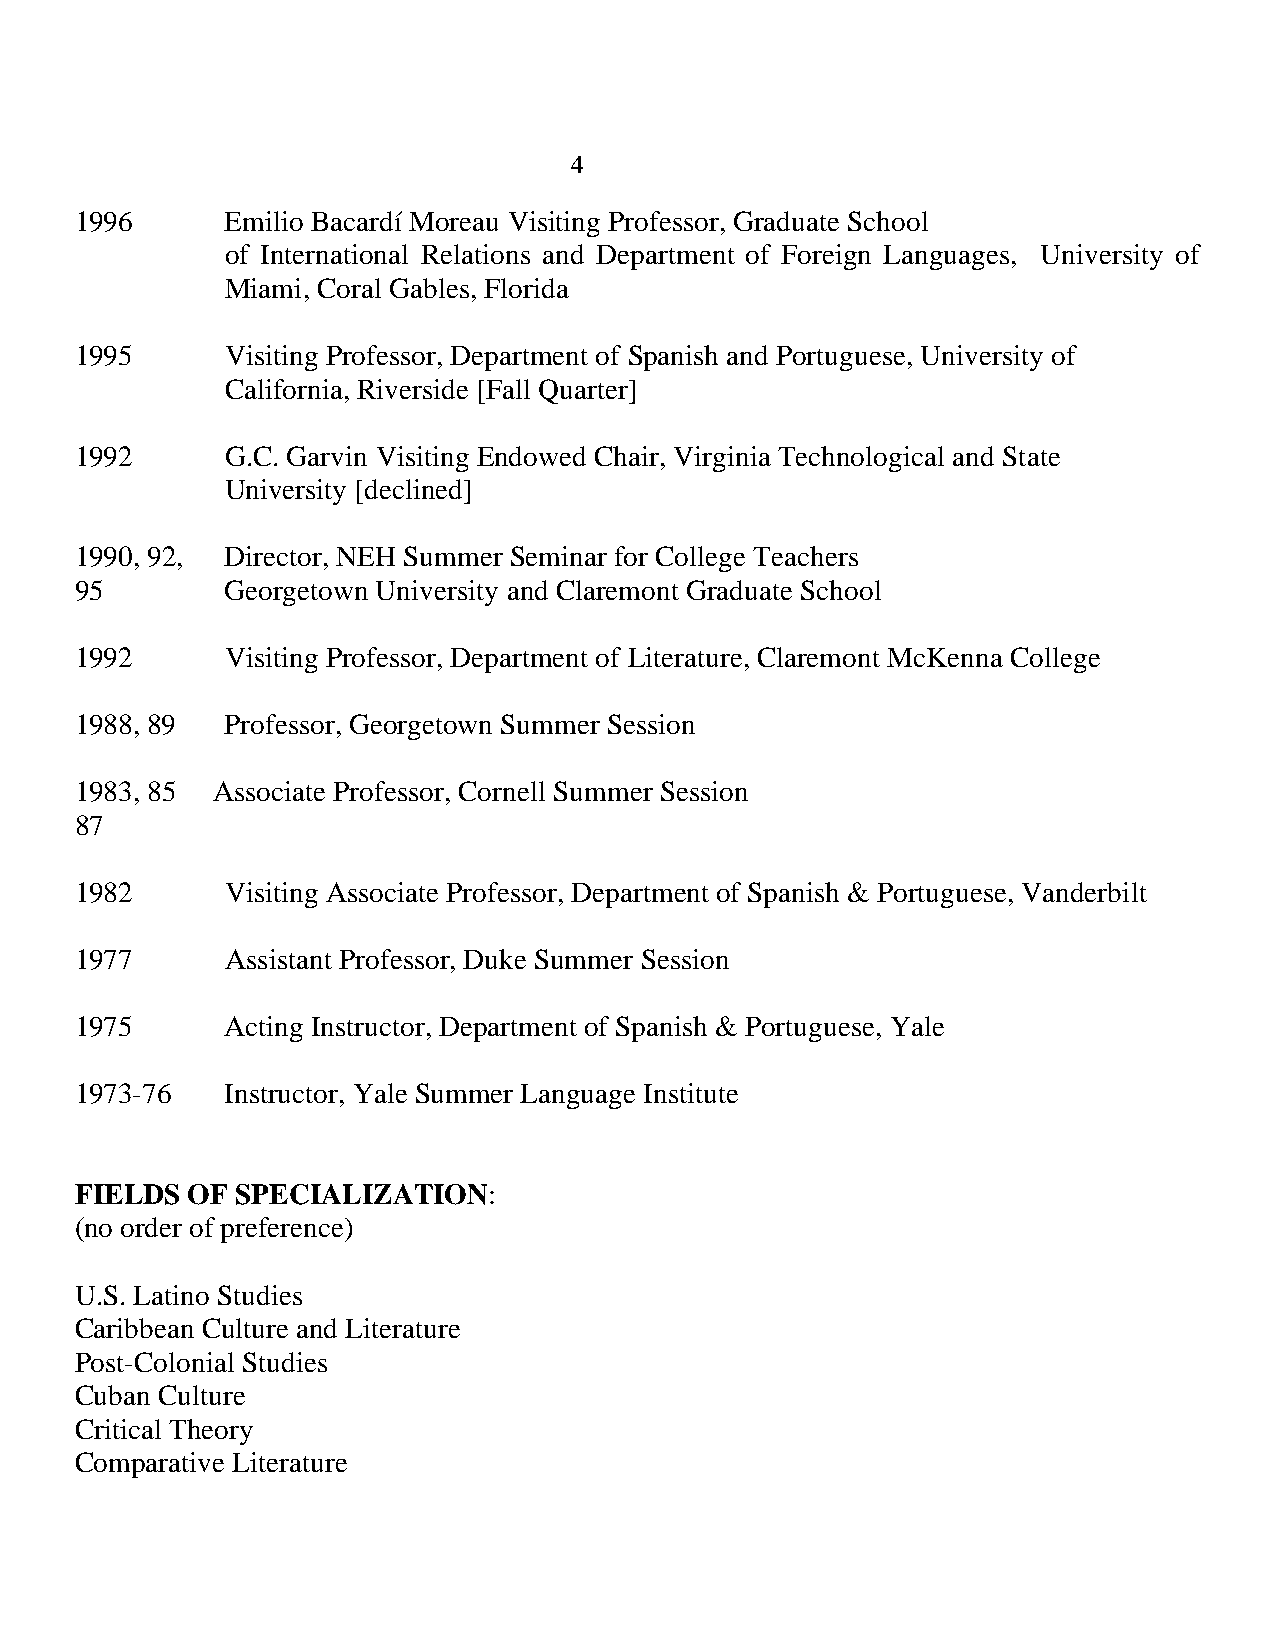
4
 1996      Emilio Bacardí Moreau Visiting Professor, Graduate School
 of International Relations and Department of Foreign Languages, University of
 Miami, Coral Gables, Florida
 1995      Visiting Professor, Department of Spanish and Portuguese, University of
 California, Riverside [Fall Quarter]
 1992      G.C. Garvin Visiting Endowed Chair, Virginia Technological and State
 University [declined]
 1990, 92, Director, NEH Summer Seminar for College Teachers
 95        Georgetown University and Claremont Graduate School
 1992      Visiting Professor, Department of Literature, Claremont McKenna College
 1988, 89  Professor, Georgetown Summer Session
 1983, 85 Associate Professor, Cornell Summer Session
 87
 1982      Visiting Associate Professor, Department of Spanish & Portuguese, Vanderbilt
 1977      Assistant Professor, Duke Summer Session
 1975      Acting Instructor, Department of Spanish & Portuguese, Yale
 1973-76   Instructor, Yale Summer Language Institute
 FIELDS OF  SPECIALIZATION:
 (no order of preference)
 U.S. Latino Studies
 Caribbean Culture and Literature
 Post-Colonial Studies
 Cuban Culture
 Critical Theory
 Comparative Literature